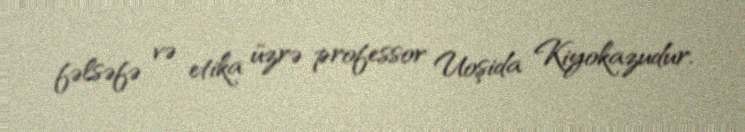
fəlsəfə və etika üzrə professor Uoşida Kiyokazudur.